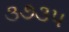
૩૭૩૫